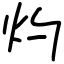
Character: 灼